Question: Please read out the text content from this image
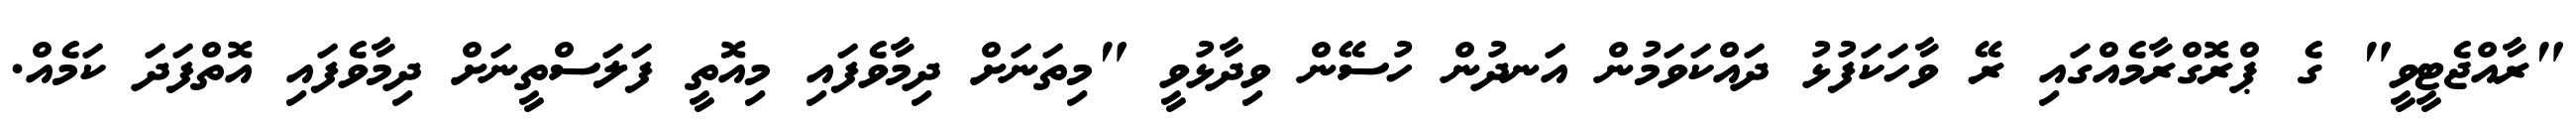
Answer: "ރާއްޖެޓީވީ" ގެ ޕްރޮގްރާމެއްގައި ރޭ ވާހަކަފުޅު ދައްކަވަމުން އަނދުން ހުސޭން ވިދާޅުވީ "މިތަނަށް ދިމާވެފައި މިއޮތީ ފަލަސްތީނަށް ދިމާވެފައި އޮތްފަދަ ކަމެއް.